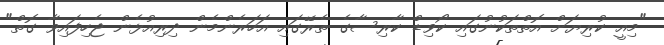
"މިއީ ކުރިޔަށް އޮތްތަކުނުގައި ކޯވިޑް ކާރިސާގެ ތެރޭގައި އަހަރެންމެން ދިރިއުޅެން ޖެހިފައިވާ ގޮތް"